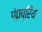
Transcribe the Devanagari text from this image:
पं०प्रिय